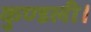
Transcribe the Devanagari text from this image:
कुण्डली।